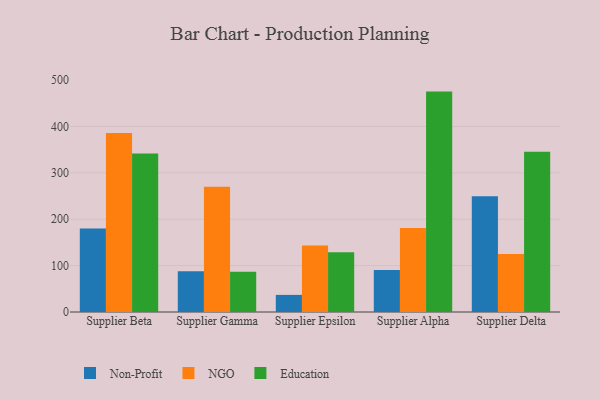
{"axis": {"x": "Supplier", "y": "Website Visitors"}, "legend": ["Education", "NGO", "Non-Profit"], "data": [{"x": "Supplier Beta", "y": 179.8, "type": "Non-Profit"}, {"x": "Supplier Beta", "y": 386.2, "type": "NGO"}, {"x": "Supplier Beta", "y": 341.9, "type": "Education"}, {"x": "Supplier Gamma", "y": 88.0, "type": "Non-Profit"}, {"x": "Supplier Gamma", "y": 270.1, "type": "NGO"}, {"x": "Supplier Gamma", "y": 86.8, "type": "Education"}, {"x": "Supplier Epsilon", "y": 36.9, "type": "Non-Profit"}, {"x": "Supplier Epsilon", "y": 143.4, "type": "NGO"}, {"x": "Supplier Epsilon", "y": 128.9, "type": "Education"}, {"x": "Supplier Alpha", "y": 90.4, "type": "Non-Profit"}, {"x": "Supplier Alpha", "y": 181.2, "type": "NGO"}, {"x": "Supplier Alpha", "y": 475.2, "type": "Education"}, {"x": "Supplier Delta", "y": 249.3, "type": "Non-Profit"}, {"x": "Supplier Delta", "y": 124.9, "type": "NGO"}, {"x": "Supplier Delta", "y": 345.4, "type": "Education"}]}